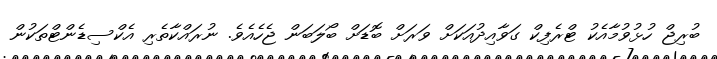
ބުރިޖް ހުޅުވުމާއެކު ޓްރެފިކް ގަވާއިދުއަކަށް ވަރަށް ބޮޑަށް ބޯލަބަން ޖެހެއެވެ. ނުރައްކާތެރި އެކްސިޑެންޓްތަކުން